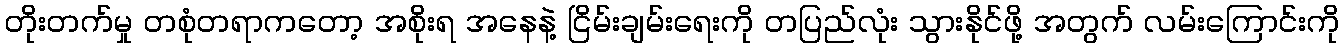
တိုးတက်မှု တစုံတရာကတော့ အစိုးရ အနေနဲ့ ငြိမ်းချမ်းရေးကို တပြည်လုံး သွားနိုင်ဖို့ အတွက် လမ်းကြောင်းကို